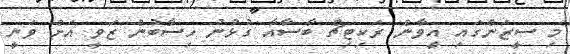
މި ސީޒަންގައި އީވާން ރަކިޓިޗް ބާސާއާ ގުޅުނު ހިސާބުން ޒަވީ އަށް ވަނީ